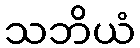
သဘိယံ